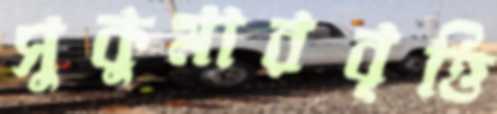
সুকুমারবৃত্তি